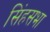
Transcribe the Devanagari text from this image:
सिंहसभा